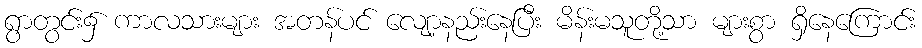
ရွာတွင်း၌ ကာလသားများ အတန်ပင် လျော့နည်းနေပြီး မိန်းမသူတို့သာ များစွာ ရှိနေကြောင်း